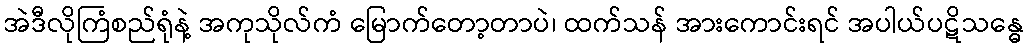
အဲဒီလိုကြံစည်ရုံနဲ့ အကုသိုလ်ကံ မြောက်တော့တာပဲ၊ ထက်သန် အားကောင်းရင် အပါယ်ပဋိသန္ဓေ